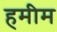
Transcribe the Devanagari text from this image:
हमीम